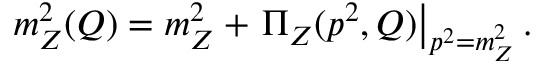
m _ { Z } ^ { 2 } ( Q ) = m _ { Z } ^ { 2 } + \left. \Pi _ { Z } ( p ^ { 2 } , Q ) \right| _ { p ^ { 2 } = m _ { Z } ^ { 2 } } .